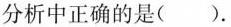
分析中正确的是().